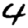
Digit: 4